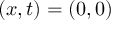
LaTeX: ( x , t ) = ( 0 , 0 )